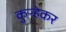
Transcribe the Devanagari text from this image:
कुऱ्हेकर